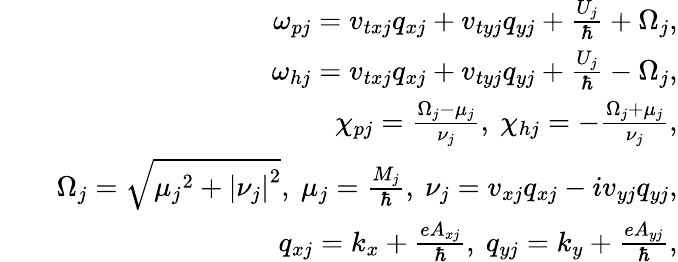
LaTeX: \begin{array}{rlr}&{}&{\omega_{pj}=v_{txj}q_{xj}+v_{tyj}q_{yj}+\frac{U_{j}}{\hbar}+\Omega_{j},}\\ &{}&{\omega_{hj}=v_{txj}q_{xj}+v_{tyj}q_{yj}+\frac{U_{j}}{\hbar}-\Omega_{j},}\\ &{}&{\chi_{pj}=\frac{\Omega_{j}-\mu_{j}}{\nu_{j}},~\chi_{hj}=-\frac{\Omega_{j}+\mu_{j}}{\nu_{j}},}\\ &{}&{\Omega_{j}=\sqrt{{\mu_{j}}^{2}+{\vert\nu_{j}\vert}^{2}},~\mu_{j}=\frac{M_{j}}{\hbar},~\nu_{j}=v_{xj}q_{xj}-iv_{yj}q_{yj},}\\ &{}&{q_{xj}=k_{x}+\frac{eA_{xj}}{\hbar},~q_{yj}=k_{y}+\frac{eA_{yj}}{\hbar},}\end{array}